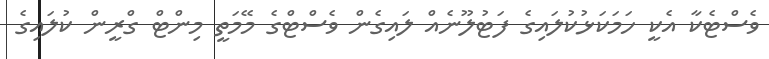
ވެސްޓެކާ އެކީ ހަމަކަޅުކުލައިގެ ފަޓުލޫނެއް ލައިގެން ވެސްޓްގެ މޭމަތީ މިންޓް ގްރީން ކުލައިގެ